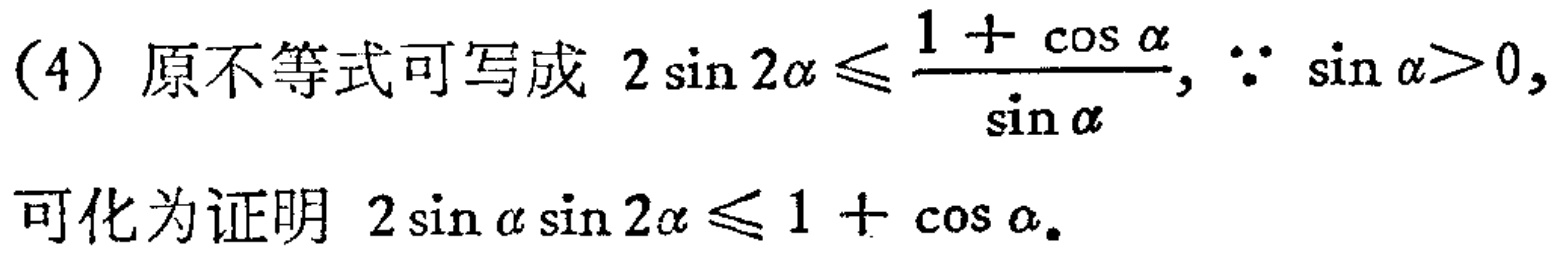
(4) 原不等式可写成 \(2\sin 2\alpha\leqslant\frac{1 + \cos\alpha}{\sin\alpha}\), \(\because \sin\alpha>0\),

可化为证明 \(2\sin\alpha\sin 2\alpha\leqslant 1 + \cos\alpha\).